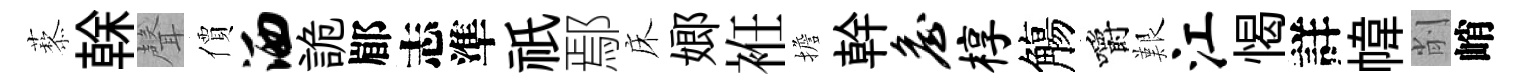
藜𠏉聲價洒詭郿志準祇鄢床嫏袵擔幹詹椁觴嚼艱江愒詳幃削峭